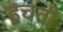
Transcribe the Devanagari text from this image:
हचती